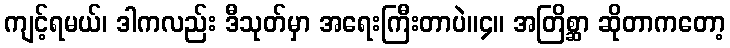
ကျင့်ရမယ်၊ ဒါကလည်း ဒီသုတ်မှာ အရေးကြီးတာပဲ။၄။ အတြိစ္ဆာ ဆိုတာကတော့